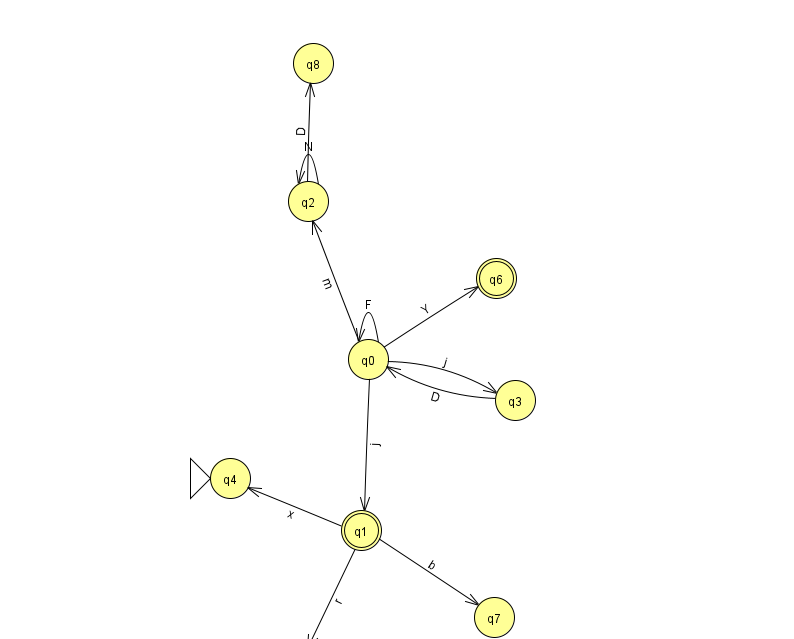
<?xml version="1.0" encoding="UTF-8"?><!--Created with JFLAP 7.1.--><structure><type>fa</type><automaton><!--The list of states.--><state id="0" name="q0"><x>368.0</x><y>346.0</y></state><state id="1" name="q1"><x>361.0</x><y>517.0</y><final/></state><state id="2" name="q2"><x>308.0</x><y>188.0</y></state><state id="3" name="q3"><x>515.0</x><y>387.0</y></state><state id="4" name="q4"><x>230.0</x><y>465.0</y><initial/></state><state id="5" name="q5"><x>297.0</x><y>651.0</y></state><state id="6" name="q6"><x>496.0</x><y>265.0</y><final/></state><state id="7" name="q7"><x>494.0</x><y>604.0</y></state><state id="8" name="q8"><x>313.0</x><y>50.0</y></state><!--The list of transitions.--><transition><from>1</from><to>5</to><read>r</read></transition><transition><from>0</from><to>3</to><read>j</read></transition><transition><from>1</from><to>4</to><read>x</read></transition><transition><from>2</from><to>8</to><read>D</read></transition><transition><from>0</from><to>0</to><read>F</read></transition><transition><from>0</from><to>1</to><read>j</read></transition><transition><from>0</from><to>2</to><read>m</read></transition><transition><from>1</from><to>7</to><read>b</read></transition><transition><from>3</from><to>0</to><read>D</read></transition><transition><from>2</from><to>2</to><read>N</read></transition><transition><from>0</from><to>6</to><read>Y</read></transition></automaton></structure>